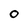
Character: O